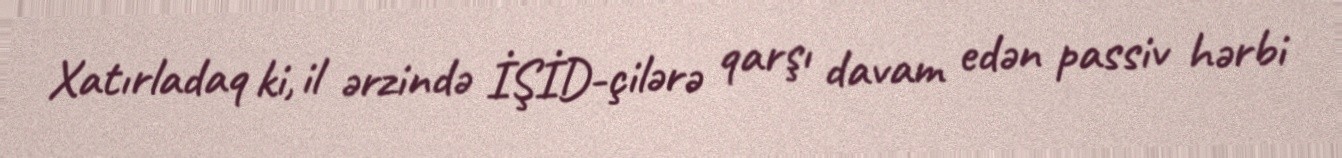
Xatırladaq ki, il ərzində İŞİD-çilərə qarşı davam edən passiv hərbi